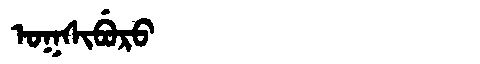
Manchu: ᠣᡴᠰᡳᠪᡠᡵᠣ
Romanization: OKSIBURO